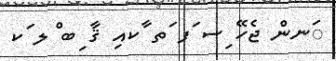
ަނން ޖެހޭ ިސ ަފ ަތ ާކއި ޤާ ިބ ްލ ަކ